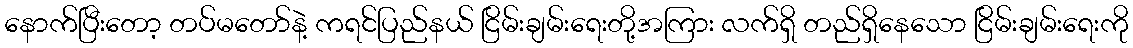
နောက်ပြီးတော့ တပ်မတော်နဲ့ ကရင်ပြည်နယ် ငြိမ်းချမ်းရေးတို့အကြား လက်ရှိ တည်ရှိနေသော ငြိမ်းချမ်းရေးကို